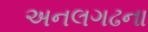
અનલગઢના